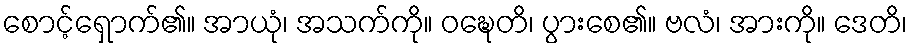
စောင့်ရှောက်၏။ အာယုံ၊ အသက်ကို။ ဝဍ္ဎေတိ၊ ပွားစေ၏။ ဗလံ၊ အားကို။ ဒေတိ၊